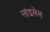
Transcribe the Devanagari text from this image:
लांइसेंस